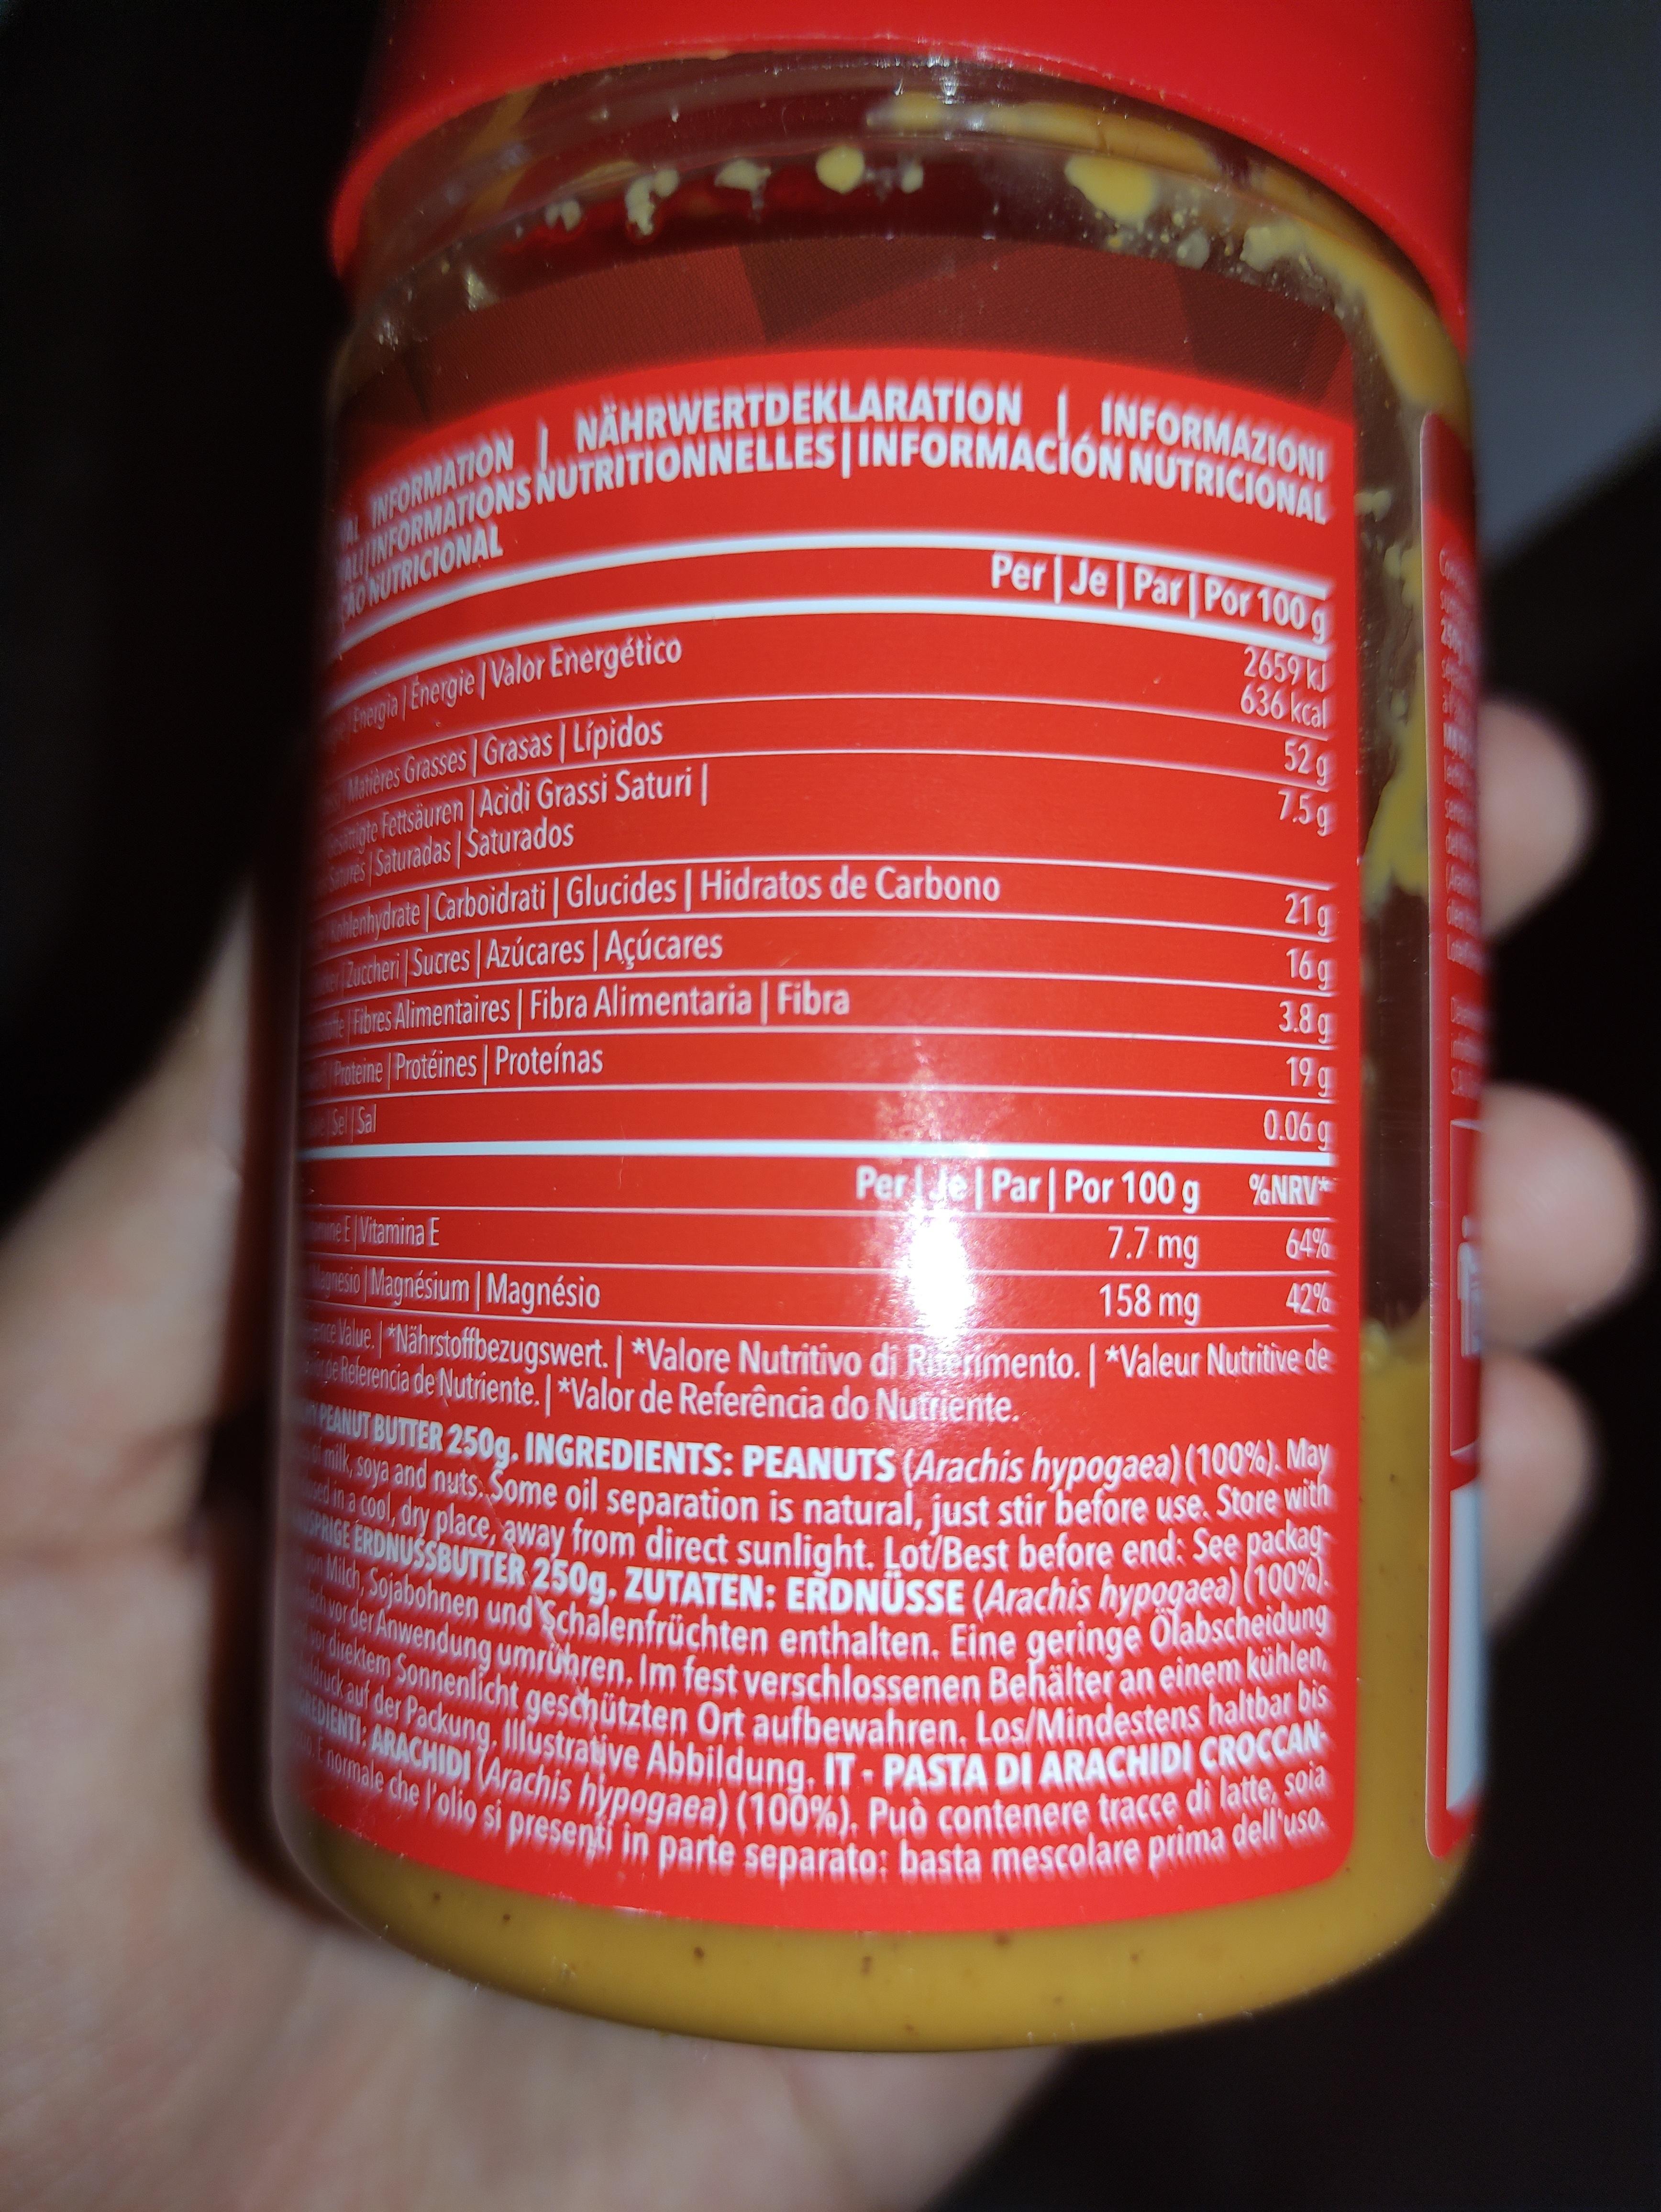
1.
AL
NÄHRWERTDEKLARATION
ALINFORMATIONS NUTRITIONNELLES INFORMACIÓN NUTRICIONAL
Energia Energie/Valor Energético
Matières Grasses/Grasas Lípidos tigte Fettsäuren Acidi Grassi Saturi es/Saturadas/Saturados
ohlenhydrate/Carboidrati | Glucides | Hidratos de Carbono
Zuccheri Sucres | Azúcares | Açúcares
Fibres Alimentaires | Fibra Alimentaria | Fibra
Proteine Protéines Proteínas
Sell Sal
Per Je Par Por 100 g
2659 KJ 636 kcal 52 g
7.5g
21g
16g
3.8q
19g
0.06 q
Per Jel Par | Por 100g
7.7 mg
in E Vitamina E
158 mg
42%
gnesio Magnésium | Magnésio
e Value *Nährstoffbezugswert. | *Valore Nutritivo di Riferimento. | *Valeur Nutritive de Referencia de Nutriente. | *Valor de Referência do Nutriente.
PEANUT BUTTER 250g. INGREDIENTS: PEANUTS (Arachis hypogaea) (100%). May of milk, soya and nuts. Some oil separation is natural, just stir before use. Store with in a cool, dry place, away from direct sunlight. Lot/Best before end: See packag PRIGE ERDNUSSBUTTER 250g, ZUTATEN: ERDNÜSSE (Arachis hypogaea) (100%) Milch, Sojabohnen und Schalenfrüchten enthalten. Eine geringe Olabscheidung or direktem Sonnenlicht geschützten Ort aufbewahren. Los/Mindestens haltbar bis Buck auf der Packung. Illustrative Abbildung, IT- PASTA DI ARACHIDI CROCCAN vor der Anwendung umrühren. Im fest verschlossenen Behälter an einem kühlen E normale che l'olio si presenti in parte separato: basta mescolare prima dell'uso.
%NRV*
64%
$450